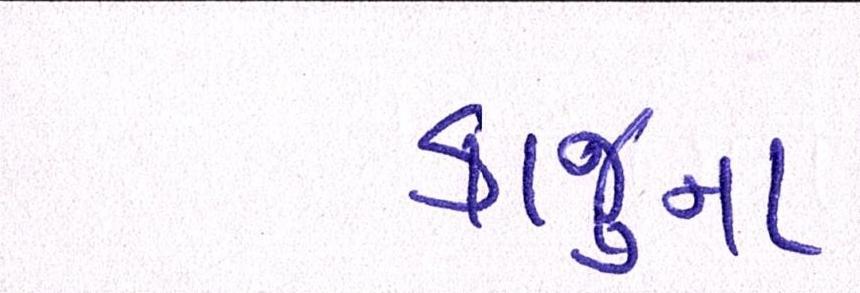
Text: કાજુના